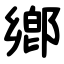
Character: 鄕